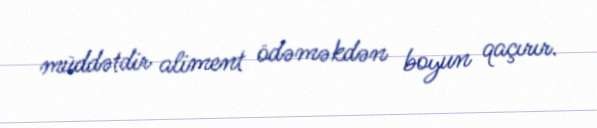
müddətdir aliment ödəməkdən boyun qaçırır.